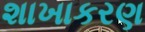
શાખાકરણ